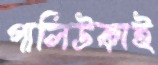
পালিউকাই